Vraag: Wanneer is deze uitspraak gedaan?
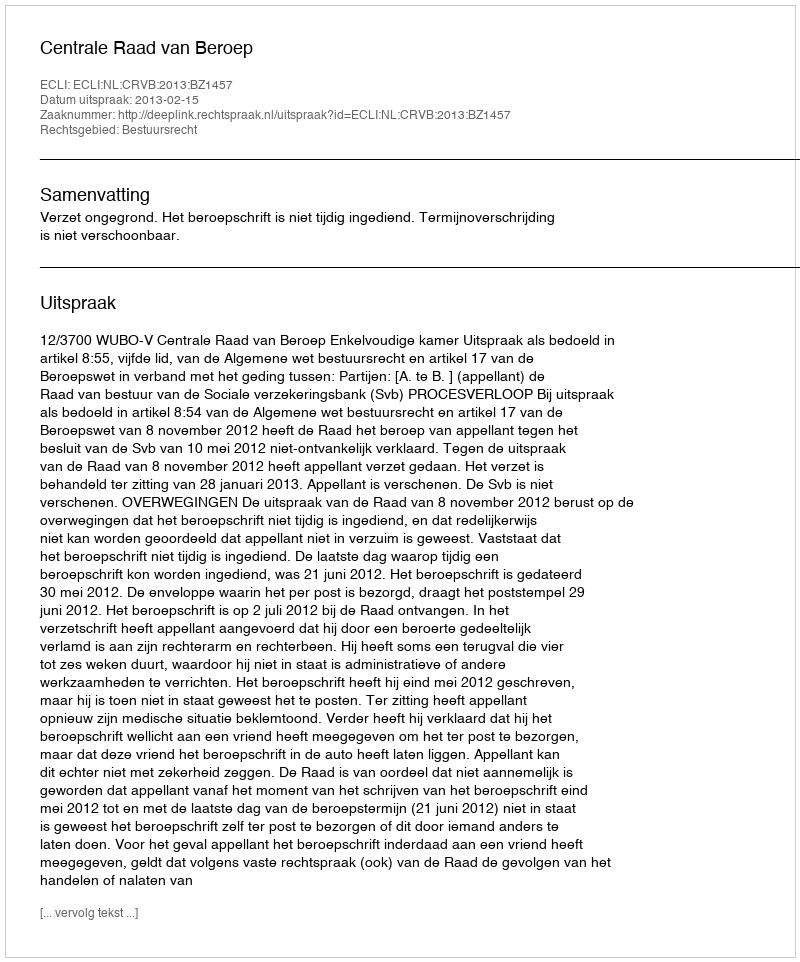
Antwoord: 2013-02-15